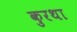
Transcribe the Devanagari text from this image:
कुरथा